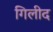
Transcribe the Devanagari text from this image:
गिलीद